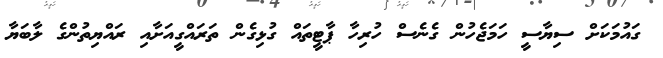
ގައުމަކަށް ސިޔާސީ ހަމަޖެހުން ގެނެސް ހުރިހާ ޕާޓީތައް ގުޅިގެން ތަރައްގީއަށާއި ރައްޔިތުންގެ ލާބަޔާ